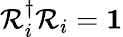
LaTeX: \mathcal{R}_{i}^{\dagger}\mathcal{R}_{i}=\mathbf{1}